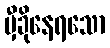
မှီခိုနေရသော